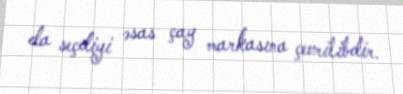
da seçdiyi əsas çay markasına çevrilibdir.